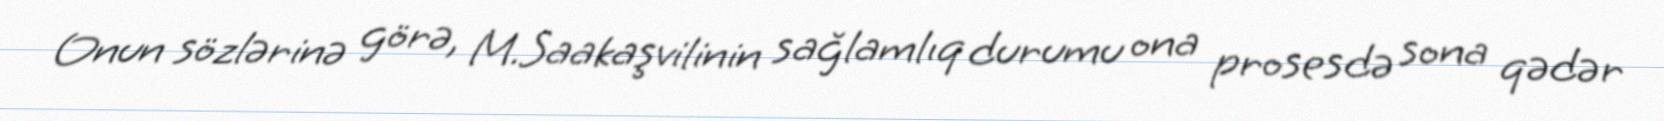
Onun sözlərinə görə, M.Saakaşvilinin sağlamlıq durumu ona prosesdə sona qədər